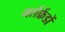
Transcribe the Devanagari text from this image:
गर्लफ्रेंडों